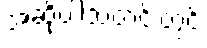
အဆိုပါသတင်းတွင်